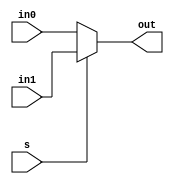
`timescale 1ns / 1ps
//////////////////////////////////////////////////////////////////////////////////
// Company: 
// Engineer: 
// 
// Design Name: 
// Module Name: dff_mux
// Project Name: 
// Target Devices: 
// Tool Versions: 
// Description: 
// 
// Dependencies: 
// 
// Revision:
// Revision 0.01 - File Created
// Additional Comments:
// 
//////////////////////////////////////////////////////////////////////////////////


module dff_mux(
input s,in0,in1,
output out
 );
 assign out =s?in1:in0;
endmodule